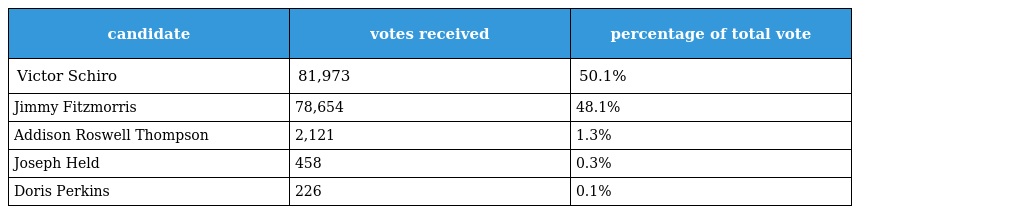
| candidate | votes received | percentage of total vote |
 | --- | --- | --- |
 | Victor Schiro | 81,973 | 50.1% |
 | Jimmy Fitzmorris | 78,654 | 48.1% |
 | Addison Roswell Thompson | 2,121 | 1.3% |
 | Joseph Held | 458 | 0.3% |
 | Doris Perkins | 226 | 0.1% |